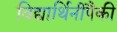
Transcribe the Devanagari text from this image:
विद्यार्थिनींपैकी